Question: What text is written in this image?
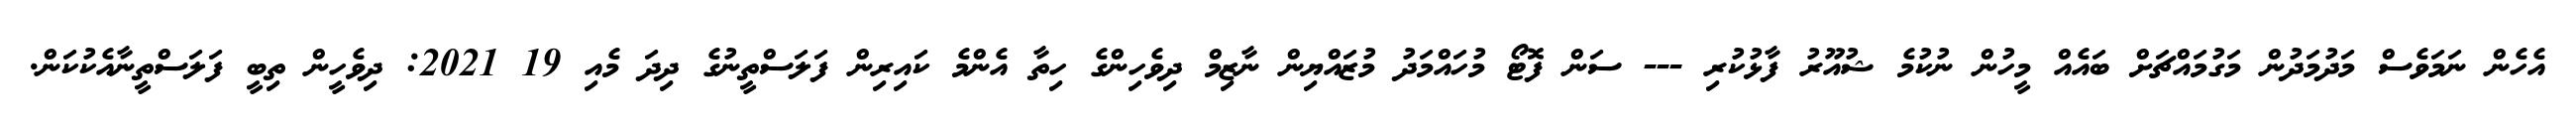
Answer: އެހެން ނަމަވެސް މަދުމަދުން މަގުމައްޗަށް ބައެއް މީހުން ނުކުމެ ޝުއޫރު ފާޅުކުރި --- ސަން ފޮޓޯ މުހައްމަދު މުޒައްޔިން ނާޒިމް ދިވެހިންގެ ހިތާ އެންމެ ކައިރިން ފަލަސްތީނުގެ ދިދަ މެއި 19 2021: ދިވެހީން ތިބީ ފަލަސްތީނާއެކުކަން.